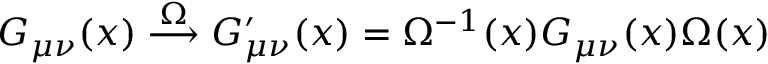
G _ { \mu \nu } ( x ) \stackrel { \Omega } { \longrightarrow } G _ { \mu \nu } ^ { \prime } ( x ) = \Omega ^ { - 1 } ( x ) G _ { \mu \nu } ( x ) \Omega ( x )